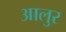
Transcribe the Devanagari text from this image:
आलुर